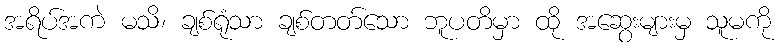
အရိပ်အကဲ မသိ၊ ချစ်ရုံသာ ချစ်တတ်သော ဘူပတိမှာ ထို အဆွေးများမှ သူမကို